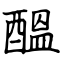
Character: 醞